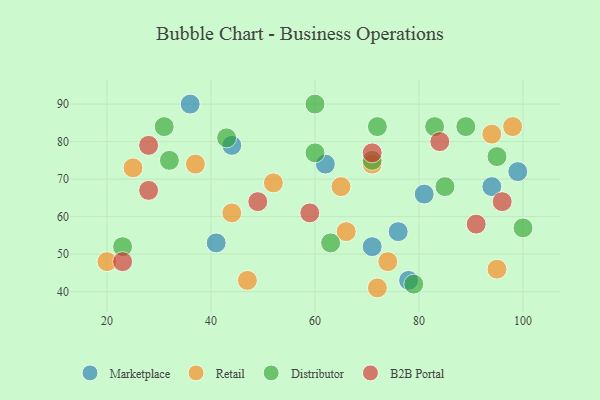
{"axis": {"x": "GDP", "y": "Life Expectancy"}, "legend": ["B2B Portal", "Distributor", "Marketplace", "Retail"], "data": [{"x": "99", "y": 72, "type": "Marketplace"}, {"x": "44", "y": 79, "type": "Marketplace"}, {"x": "36", "y": 90, "type": "Marketplace"}, {"x": "81", "y": 66, "type": "Marketplace"}, {"x": "76", "y": 56, "type": "Marketplace"}, {"x": "78", "y": 43, "type": "Marketplace"}, {"x": "71", "y": 52, "type": "Marketplace"}, {"x": "41", "y": 53, "type": "Marketplace"}, {"x": "94", "y": 68, "type": "Marketplace"}, {"x": "62", "y": 74, "type": "Marketplace"}, {"x": "37", "y": 74, "type": "Retail"}, {"x": "72", "y": 41, "type": "Retail"}, {"x": "25", "y": 73, "type": "Retail"}, {"x": "66", "y": 56, "type": "Retail"}, {"x": "44", "y": 61, "type": "Retail"}, {"x": "20", "y": 48, "type": "Retail"}, {"x": "47", "y": 43, "type": "Retail"}, {"x": "52", "y": 69, "type": "Retail"}, {"x": "74", "y": 48, "type": "Retail"}, {"x": "95", "y": 46, "type": "Retail"}, {"x": "65", "y": 68, "type": "Retail"}, {"x": "98", "y": 84, "type": "Retail"}, {"x": "94", "y": 82, "type": "Retail"}, {"x": "71", "y": 74, "type": "Retail"}, {"x": "72", "y": 84, "type": "Distributor"}, {"x": "100", "y": 57, "type": "Distributor"}, {"x": "89", "y": 84, "type": "Distributor"}, {"x": "31", "y": 84, "type": "Distributor"}, {"x": "32", "y": 75, "type": "Distributor"}, {"x": "83", "y": 84, "type": "Distributor"}, {"x": "63", "y": 53, "type": "Distributor"}, {"x": "43", "y": 81, "type": "Distributor"}, {"x": "23", "y": 52, "type": "Distributor"}, {"x": "79", "y": 42, "type": "Distributor"}, {"x": "60", "y": 77, "type": "Distributor"}, {"x": "71", "y": 75, "type": "Distributor"}, {"x": "85", "y": 68, "type": "Distributor"}, {"x": "95", "y": 76, "type": "Distributor"}, {"x": "60", "y": 90, "type": "Distributor"}, {"x": "49", "y": 64, "type": "B2B Portal"}, {"x": "84", "y": 80, "type": "B2B Portal"}, {"x": "91", "y": 58, "type": "B2B Portal"}, {"x": "59", "y": 61, "type": "B2B Portal"}, {"x": "23", "y": 48, "type": "B2B Portal"}, {"x": "71", "y": 77, "type": "B2B Portal"}, {"x": "28", "y": 79, "type": "B2B Portal"}, {"x": "96", "y": 64, "type": "B2B Portal"}, {"x": "28", "y": 67, "type": "B2B Portal"}]}